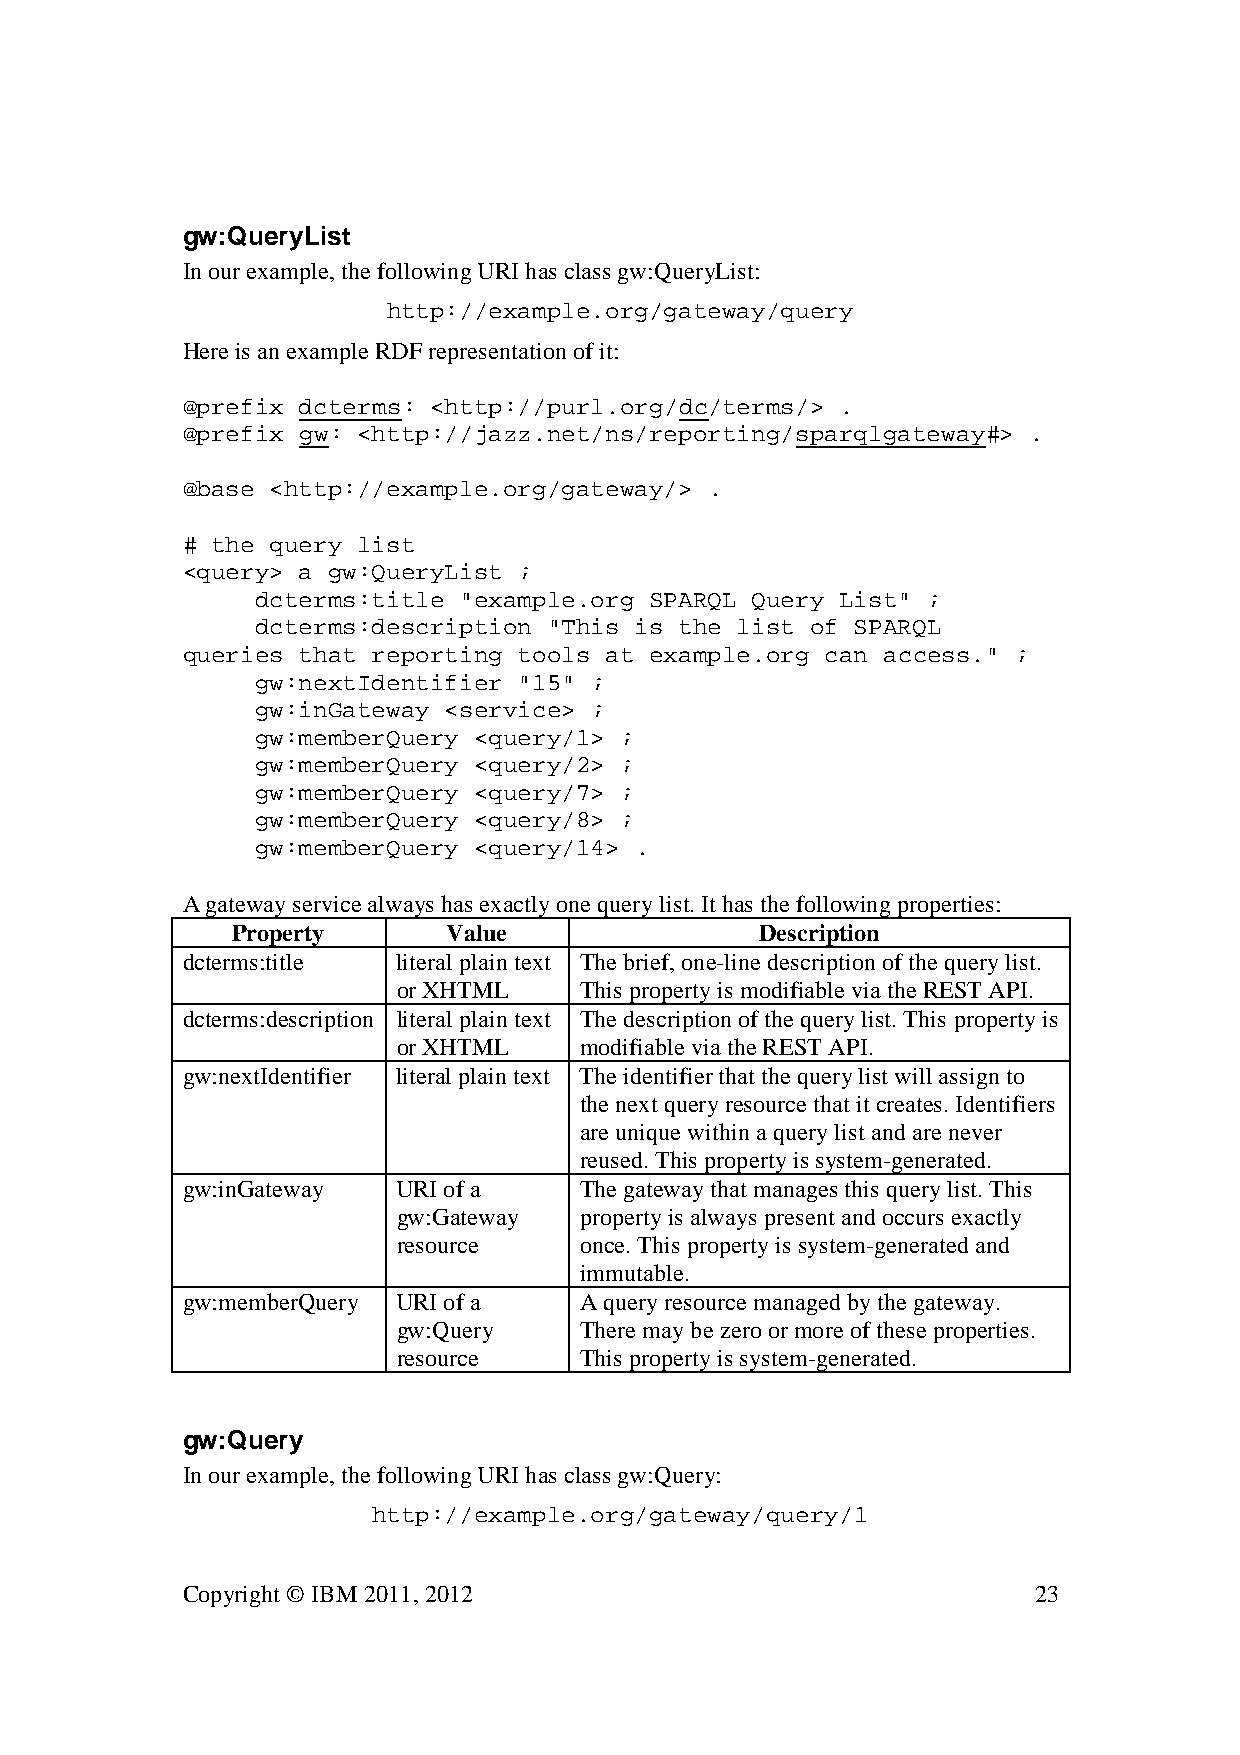
gw:QueryList
 In our example, the following URI has class gw:QueryList:
 http://example.org/gateway/query
 Here is an example RDF representation of it:
 @prefix dcterms: <http://purl.org/dc/terms/> .
 @prefix gw: <http://jazz.net/ns/reporting/sparqlgateway#> .
 @base <http://example.org/gateway/> .
 # the query list
 <query> a gw:QueryList ;
 dcterms:title "example.org SPARQL Query List" ;
 dcterms:description "This is the list of SPARQL
 queries that reporting tools at example.org can access." ;
 gw:nextIdentifier "15" ;
 gw:inGateway <service> ;
 gw:memberQuery <query/1> ;
 gw:memberQuery <query/2> ;
 gw:memberQuery <query/7> ;
 gw:memberQuery <query/8> ;
 gw:memberQuery <query/14> .
 A gateway service always has exactly one query list. It has the following properties:
 Property       Value               Description
 dcterms:title literal plain text The brief, one-line description of the query list.
 or XHTML    This property is modifiable via the REST API.
 dcterms:description literal plain text The description of the query list. This property is
 or XHTML    modifiable via the REST API.
 gw:nextIdentifier literal plain text The identifier that the query list will assign to
 the next query resource that it creates. Identifiers
 are unique within a query list and are never
 reused. This property is system-generated.
 gw:inGateway  URI of a    The gateway that manages this query list. This
 gw:Gateway  property is always present and occurs exactly
 resource    once. This property is system-generated and
 immutable.
 gw:memberQuery URI of a   A query resource managed by the gateway.
 gw:Query    There may be zero or more of these properties.
 resource    This property is system-generated.
 gw:Query
 In our example, the following URI has class gw:Query:
 http://example.org/gateway/query/1
 Copyright © IBM 2011, 2012                              23